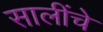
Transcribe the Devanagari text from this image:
सालींचे